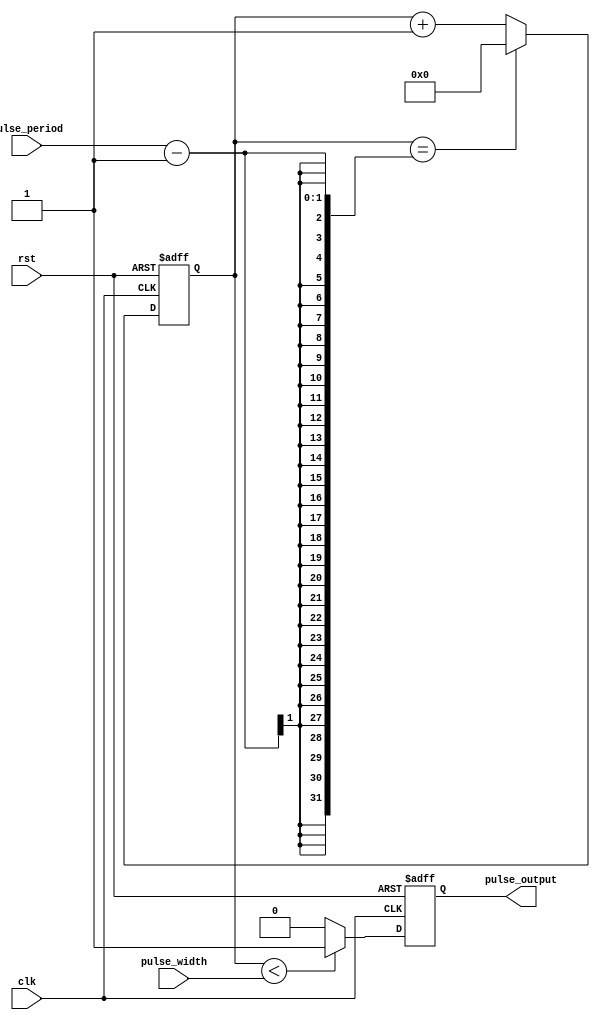
module SyncPulseGenerator (
    input wire clk,                 // External clock signal
    input wire rst,                 // Reset signal
    input wire pulse_width,         // Width of the generated pulse
    input wire pulse_period,        // Period of the generated pulse
    output reg pulse_output         // Output pulse signal
);

reg [31:0] counter;

always @(posedge clk or posedge rst) begin
    if (rst) begin
        counter <= 0;
        pulse_output <= 0;
    end else begin
        if (counter < pulse_width) begin
            pulse_output <= 1;
        end else begin
            pulse_output <= 0;
        end
        
        if (counter == pulse_period - 1) begin
            counter <= 0;
        end else begin
            counter <= counter + 1;
        end
    end
end

endmodule